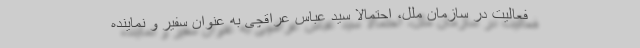
فعالیت در سازمان ملل، احتمالا سید عباس عراقچی به عنوان سفیر و نماینده